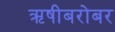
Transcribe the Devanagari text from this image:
ऋषीबरोबर